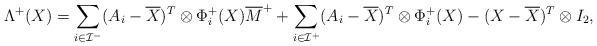
LaTeX: \begin{align*}\Lambda^{+}(X) = \sum_{i\in\mathcal{I}^-} (A_i-\overline{X})^T \otimes \Phi^+_i(X) \overline{M}^{+} + \sum_{i\in\mathcal{I}^+} (A_i-\overline{X})^T\otimes \Phi^+_i(X) - (X-\overline{X})^T\otimes I_2 ,\end{align*}